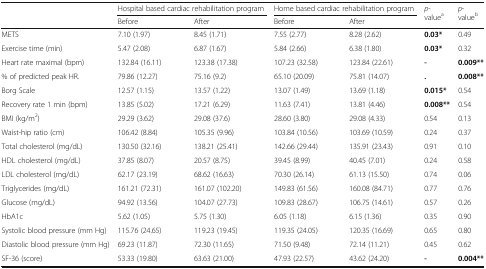
<table><thead><tr><td rowspan="2"></td><td colspan="2"><b>Hospital based cardiac rehabilitation program</b></td><td colspan="2"><b>Home based cardiac rehabilitation program</b></td><td rowspan="2"><b><i>p</i>-value<sup>a</sup></b></td><td rowspan="2"><b><i>p</i>-value<sup>b</sup></b></td></tr><tr><td><b>Before</b></td><td><b>After</b></td><td><b>Before</b></td><td><b>After</b></td></tr></thead><tbody><tr><td>METS</td><td>7.10 (1.97)</td><td>8.45 (1.71)</td><td>7.55 (2.77)</td><td>8.28 (2.62)</td><td><b>0.03*</b></td><td>0.49</td></tr><tr><td>Exercise time (min)</td><td>5.47 (2.08)</td><td>6.87 (1.67)</td><td>5.84 (2.66)</td><td>6.38 (1.80)</td><td><b>0.03*</b></td><td>0.32</td></tr><tr><td>Heart rate maximal (bpm)</td><td>132.84 (16.11)</td><td>123.38 (17.38)</td><td>107.23 (32.58)</td><td>123.84 (22.61)</td><td><b>-</b></td><td><b>0.009**</b></td></tr><tr><td>% of predicted peak HR.</td><td>79.86 (12.27)</td><td>75.16 (9.2)</td><td>65.10 (20.09)</td><td>75.81 (14.07)</td><td><b>.</b></td><td><b>0.008**</b></td></tr><tr><td>Borg Scale</td><td>12.57 (1.15)</td><td>13.57 (1.22)</td><td>13.07 (1.49)</td><td>13.69 (1.18)</td><td><b>0.015*</b></td><td>0.54</td></tr><tr><td>Recovery rate 1 min (bpm)</td><td>13.85 (5.02)</td><td>17.21 (6.29)</td><td>11.63 (7.41)</td><td>13.81 (4.46)</td><td><b>0.008**</b></td><td>0.54</td></tr><tr><td>BMI (kg/m<sup>2</sup>)</td><td>29.29 (3.62)</td><td>29.08 (37.6)</td><td>28.60 (3.80)</td><td>29.08 (4.33)</td><td>0.54</td><td>0.13</td></tr><tr><td>Waist-hip ratio (cm)</td><td>106.42 (8.84)</td><td>105.35 (9.96)</td><td>103.84 (10.56)</td><td>103.69 (10.59)</td><td>0.24</td><td>0.37</td></tr><tr><td>Total cholesterol (mg/dL)</td><td>130.50 (32.16)</td><td>138.21 (25.41)</td><td>142.66 (29.44)</td><td>135.91 (23.43)</td><td>0.91</td><td>0.10</td></tr><tr><td>HDL cholesterol (mg/dL)</td><td>37.85 (8.07)</td><td>20.57 (8.75)</td><td>39.45 (8.99)</td><td>40.45 (7.01)</td><td>0.24</td><td>0.58</td></tr><tr><td>LDL cholesterol (mg/dL)</td><td>62.17 (23.19)</td><td>68.62 (16.63)</td><td>70.30 (26.14)</td><td>61.13 (15.50)</td><td>0.74</td><td>0.06</td></tr><tr><td>Triglycerides (mg/dL)</td><td>161.21 (72.31)</td><td>161.07 (102.20)</td><td>149.83 (61.56)</td><td>160.08 (84.71)</td><td>0.77</td><td>0.76</td></tr><tr><td>Glucose (mg/dL)</td><td>94.92 (13.56)</td><td>104.07 (27.73)</td><td>109.83 (28.67)</td><td>106.75 (14.61)</td><td>0.57</td><td>0.26</td></tr><tr><td>HbA1c</td><td>5.62 (1.05)</td><td>5.75 (1.30)</td><td>6.05 (1.18)</td><td>6.15 (1.36)</td><td>0.35</td><td>0.90</td></tr><tr><td>Systolic blood pressure (mm Hg)</td><td>115.76 (24.65)</td><td>119.23 (19.45)</td><td>119.35 (24.05)</td><td>120.35 (16.69)</td><td>0.65</td><td>0.80</td></tr><tr><td>Diastolic blood pressure (mm Hg)</td><td>69.23 (11.87)</td><td>72.30 (11.65)</td><td>71.50 (9.48)</td><td>72.14 (11.21)</td><td>0.45</td><td>0.62</td></tr><tr><td>SF-36 (score)</td><td>53.33 (19.80)</td><td>63.63 (21.00)</td><td>47.93 (22.57)</td><td>43.62 (24.20)</td><td><b>-</b></td><td><b>0.004**</b></td></tr></tbody></table>